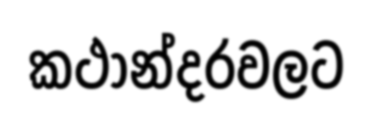
කථාන්දරවලට